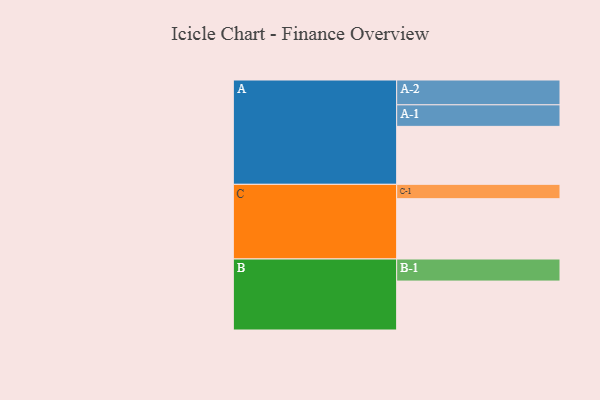
{"axis": {"x": "Segment", "y": "Value"}, "legend": ["", "A", "B", "C"], "data": [{"x": "A", "y": 565, "type": ""}, {"x": "B", "y": 477, "type": ""}, {"x": "C", "y": 588, "type": ""}, {"x": "A-1", "y": 210, "type": "A"}, {"x": "A-2", "y": 242, "type": "A"}, {"x": "B-1", "y": 215, "type": "B"}, {"x": "C-1", "y": 140, "type": "C"}]}